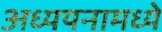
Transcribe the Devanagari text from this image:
अध्ययनामध्ये